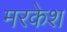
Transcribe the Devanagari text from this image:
मरकेश